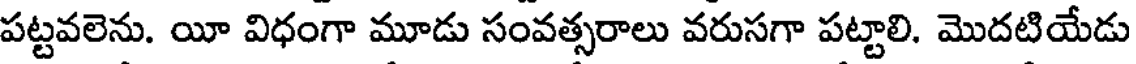
పట్టవలెను. యీ విధంగా మూడు సంవత్సరాలు వరుసగా పట్టాలి. మొదటియేడు